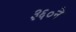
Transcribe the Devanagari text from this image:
३६०ने